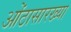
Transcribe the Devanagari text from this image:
ओंठासारख्या